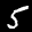
Label: 5